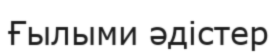
Ғылыми әдістер